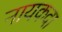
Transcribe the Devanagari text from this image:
नायकदा